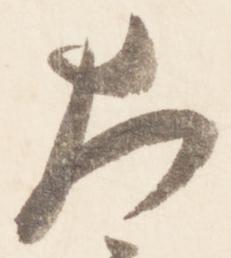
大